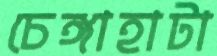
চেঙ্গাহাটা